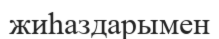
жиһаздарымен